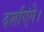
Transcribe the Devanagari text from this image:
दर्शाएंगे।